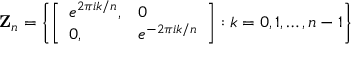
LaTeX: { \bf Z } _ { n } = \left\{ \left[ \begin{array} { l l } { { e ^ { 2 \pi i k / n } , } } & { { 0 } } \\ { { 0 , } } & { { e ^ { - 2 \pi i k / n } } } \end{array} \right] : k = 0 , 1 , \ldots , n - 1 \right\}